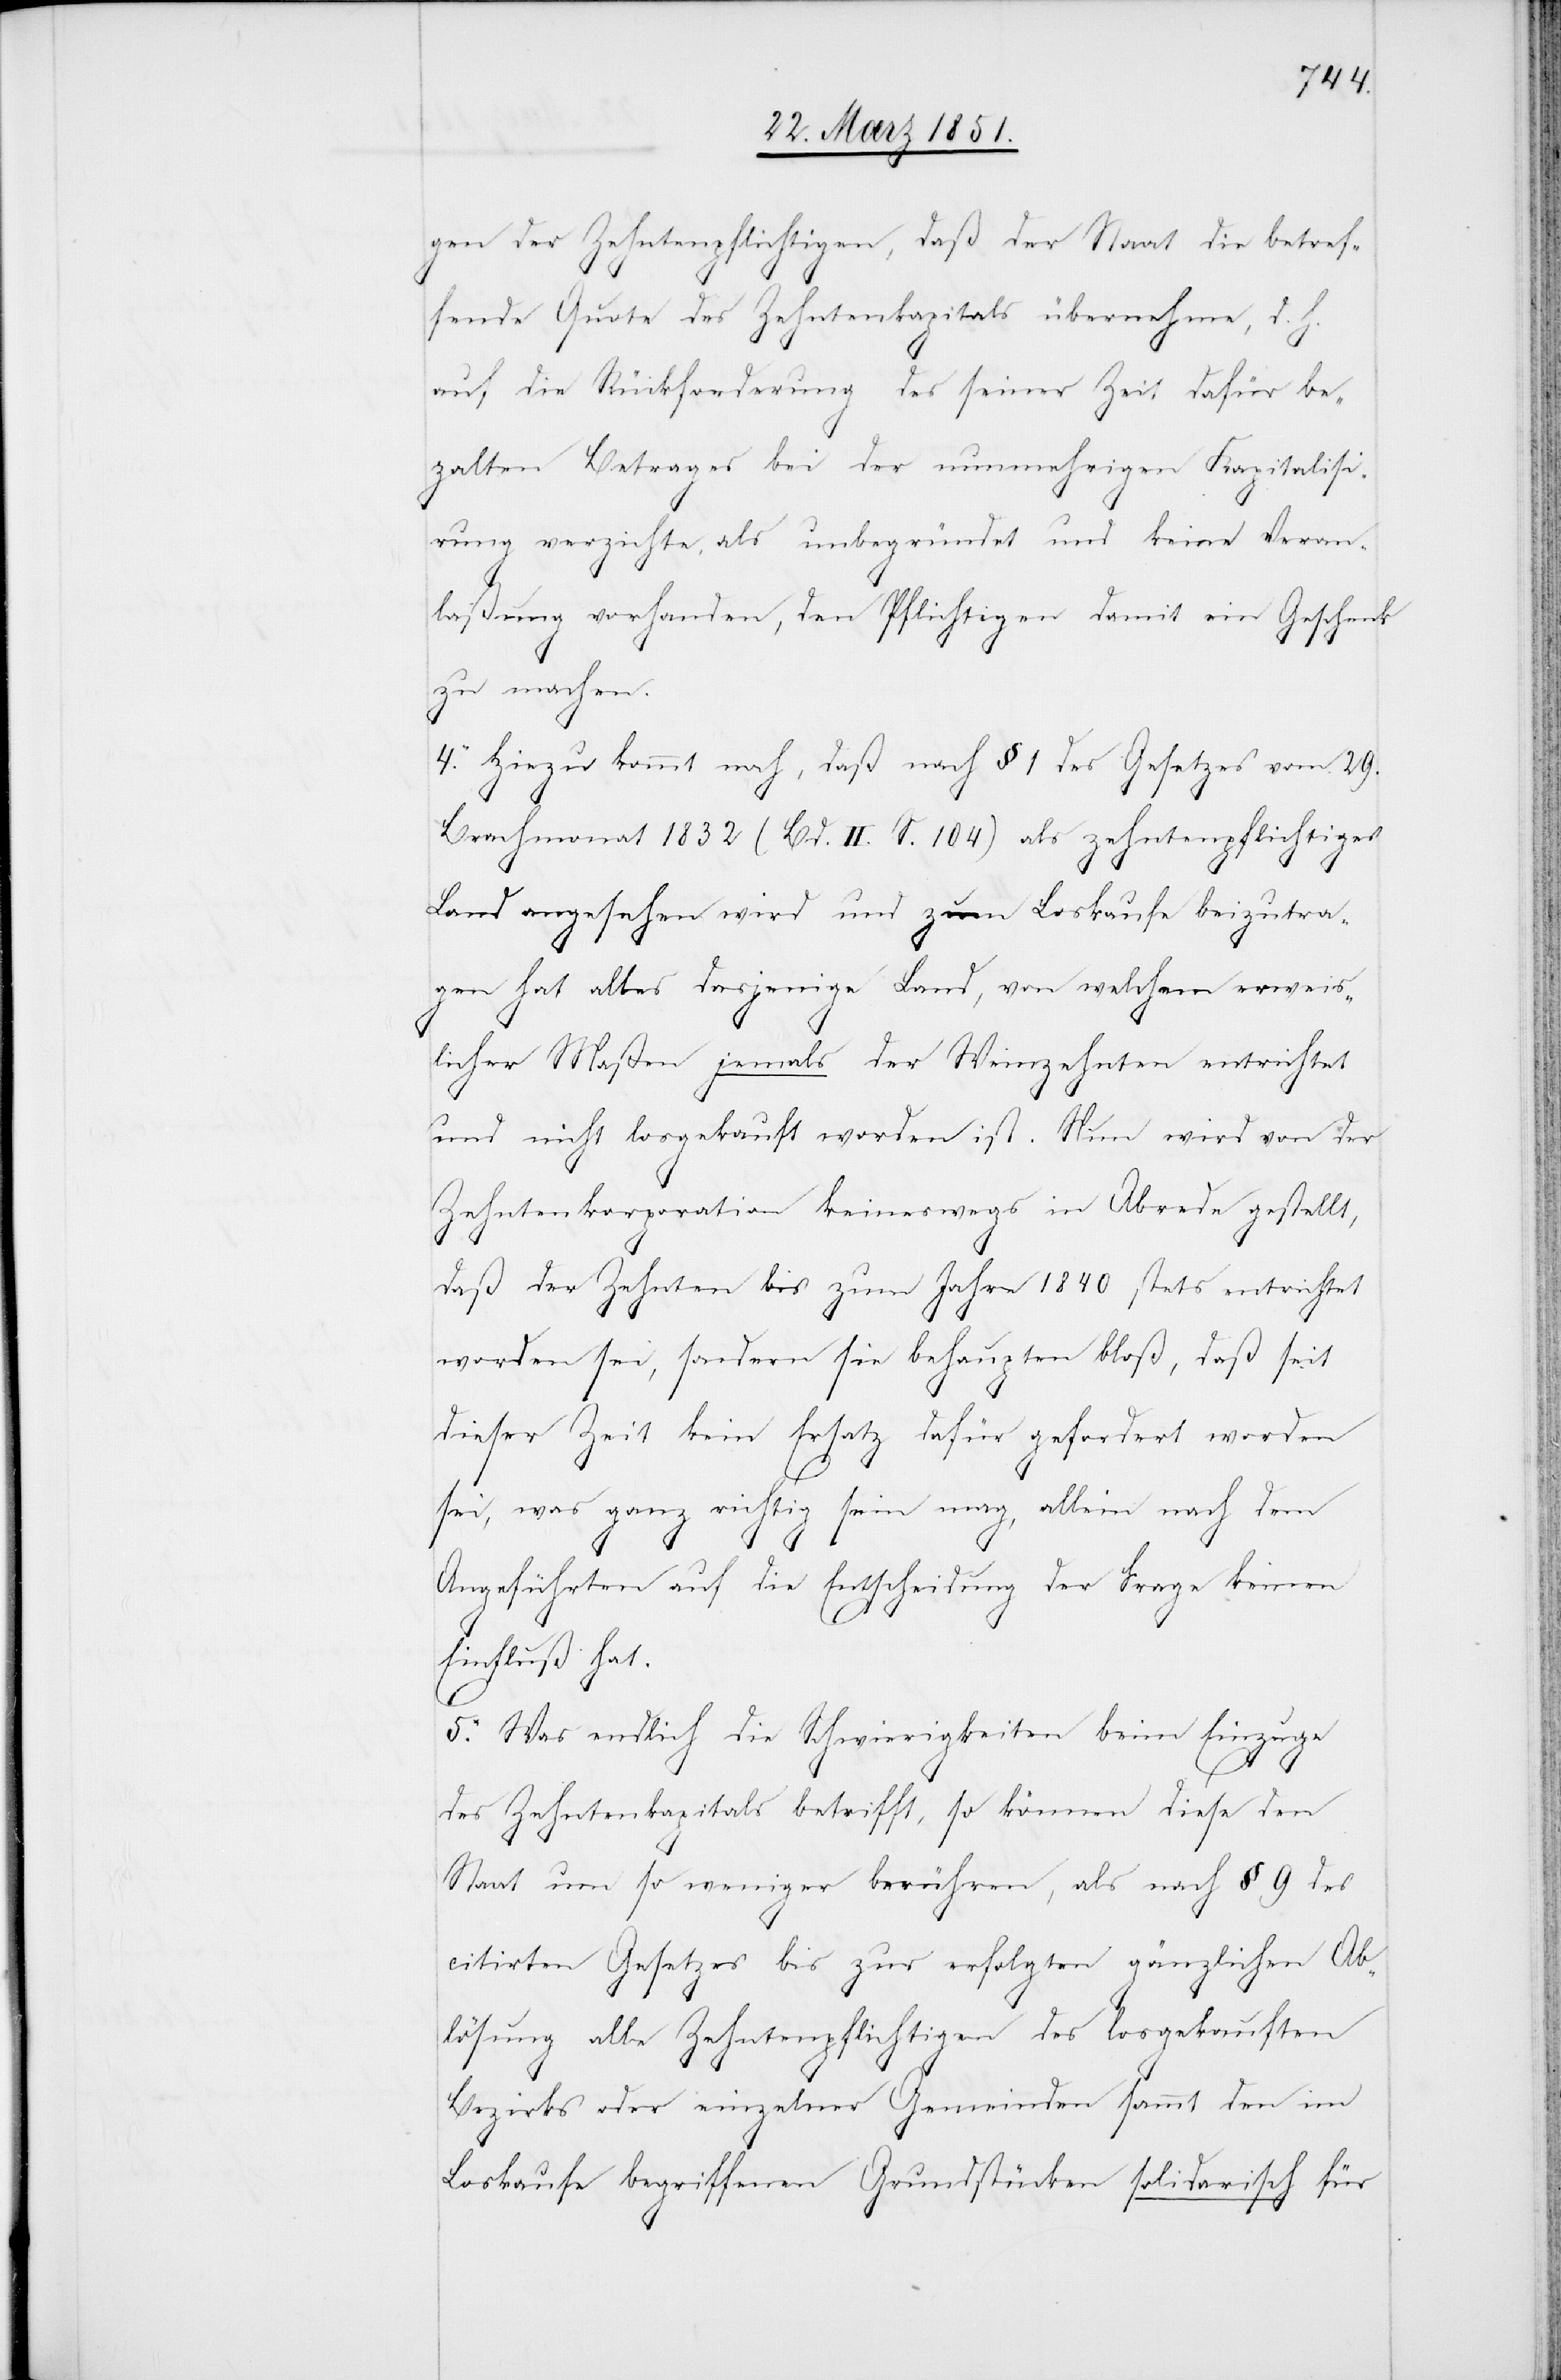
gen der Zehntenpflichtigen, daß der Staat die betref¬
fende Quote des Zehntenkapitals übernehme, d. h.
auf die Rückforderung des seiner Zeit dafür be¬
za[h]lten Betrages bei der nunmehrigen Kapitalisi¬
rung verzichte, als unbegründet und keine Veran¬
laßung vorhanden, den Pflichtigen damit ein Geschenk
zu machen.
4. Hiezu kommt noch, daß nach § 1 des Gesetzes vom 29.
Brachmonat 1832 (Bd. II. S. 104) als zehntenpflichtiges
Land angesehen wird und zum Loskaufe beizutra¬
gen hat alles dasjenige Land, von welchem erweis¬
licher Maßen jemals der Weinzehnten entrichtet
und nicht losgekauft worden ist. Nun wird von der
Zehntenkorporation keineswegs in Abrede gestellt,
daß der Zehnten bis zum Jahre 1840 stets entrichtet
worden sei, sondern sie behaupten bloß, daß seit
dieser Zeit kein Ersatz dafür gefordert worden
sei, was ganz richtig sein mag, allein nach dem
Angeführten auf die Entscheidung der Frage keinen
Einfluß hat.
5. Was endlich die Schwierigkeiten beim Einzuge
des Zehntenkapitals betrifft, so können diese den
Staat um so weniger berühren, als nach § 9 des
citirten Gesetzes bis zur erfolgten gänzlichen Ab¬
lösung alle Zehntenpflichtigen des losgekauften
Bezirks oder einzelner Gemeinden sammt den im
Loskaufe begriffenen Grundstücken solidarisch für